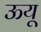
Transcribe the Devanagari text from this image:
ऊयू